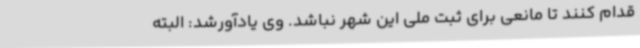
قدام کنند تا مانعی برای ثبت ملی این شهر نباشد. وی یادآورشد: البته